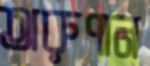
অরুণান